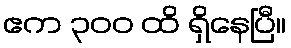
ဧက ၃၀၀ ထိ ရှိနေပြီ။